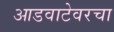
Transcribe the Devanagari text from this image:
आडवाटेवरचा